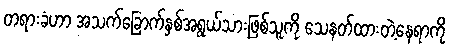
တရားခံဟာ အသက်ခြောက်နှစ်အရွယ်သားဖြစ်သူကို သေနတ်ထားတဲ့နေရာကို